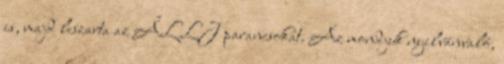
is, majd leszarta az ÁLLJ parancsokat. Az mondjuk nyilvánvaló,